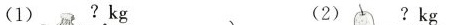
(1)?kg (2)?kg